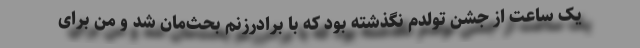
یک ساعت از جشن تولدم نگذشته بود که با برادرزنم بحث‌مان شد و من برای